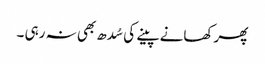
پھر کھانے پینے کی سُدھ بھی نہ رہی ۔